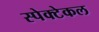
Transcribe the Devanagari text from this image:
स्पेक्टेकल